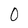
Character: 0